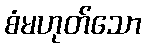
စံမဟုတ်သော